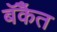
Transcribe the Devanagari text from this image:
बॅँकेत